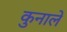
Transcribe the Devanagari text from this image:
कुनाले